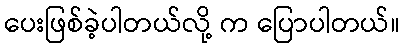
ပေးဖြစ်ခဲ့ပါတယ်လို့ က ပြောပါတယ်။